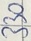
Text: 330